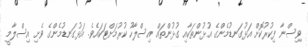
ވިސްނާ ފިކުރުކޮށް އަޅުގަނޑުމެންގެ އުޅުންތަކާއި ގުޅުންތައް އިސްލާހު ކުރުމަށްޓަކައެވެ. އަޅުގަނޑުމެންގެ ވެށި އިސްލާމީ